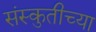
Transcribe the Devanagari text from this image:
संस्कुतीच्या